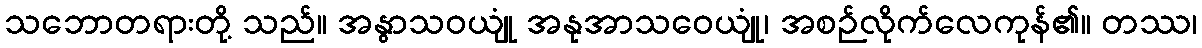
သဘောတရားတို့ သည်။ အနွာသဝယျုံ အနုအာသဝေယျုံ၊ အစဉ်လိုက်လေကုန်၏။ တဿ၊